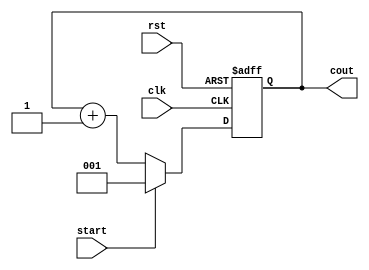
/*****************************************************
**  Verilog-HDL Training  Lab                       **
******************************************************
**  0 to 7 counter for signal controller.           **
*****************************************************/

module count8( clk, rst, start, cout );
input clk;          //
input rst;          //
input start;
output [2:0] cout;
reg    [2:0] cout;

//always
//@()
//
always @(posedge clk or negedge rst ) begin
    //0
    if( rst == 1'b0 ) begin
        //0
        cout <= 3'd0;
    end

    //1
    else if( start == 1'b1 ) begin
        //1
        cout <= 1'b1;
    end

    //
    else begin
        //1
        cout <= cout + 3'd1;
    end
end
endmodule